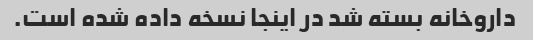
داروخانه بسته شد در اینجا نسخه داده شده است.